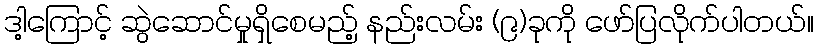
ဒါ့ကြောင့် ဆွဲဆောင်မှုရှိစေမည့် နည်းလမ်း (၉)ခုကို ဖော်ပြလိုက်ပါတယ်။